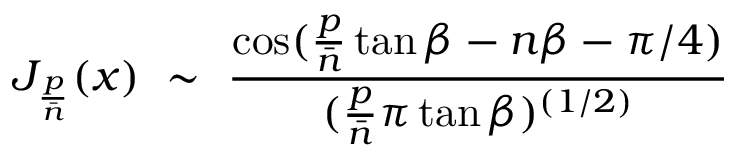
J _ { { \frac { p } { \bar { n } } } } ( x ) ~ \sim ~ { \frac { \cos ( { \frac { p } { \bar { n } } } \tan \beta - n \beta - \pi / 4 ) } { ( { \frac { p } { \bar { n } } } \pi \tan \beta ) ^ { ( 1 / 2 ) } } }